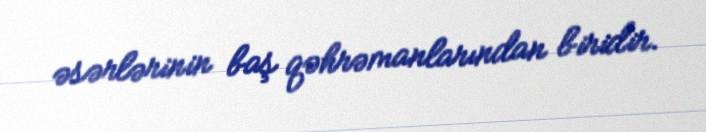
əsərlərinin baş qəhrəmanlarından biridir.